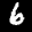
Label: 6